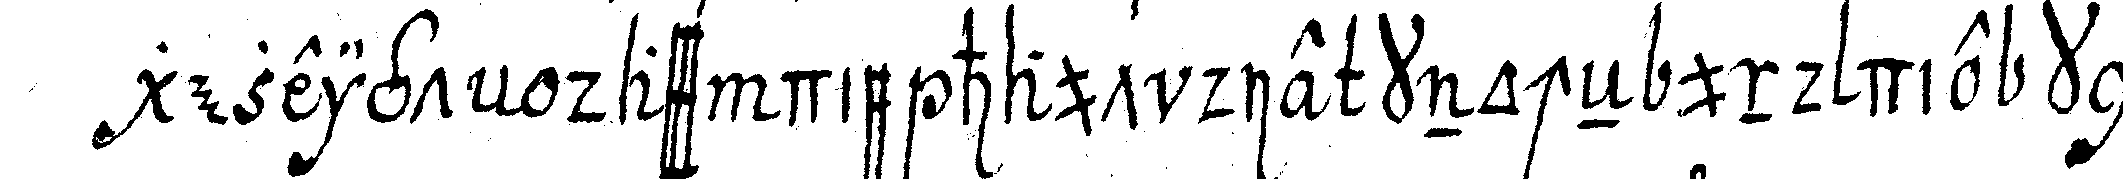
gezeigt dass die haut die knocheN und die kno